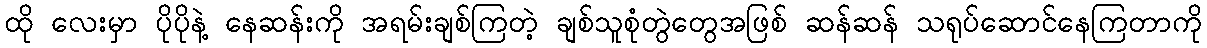
ထို လေးမှာ ပိုပိုနဲ့ နေဆန်းကို အရမ်းချစ်ကြတဲ့ ချစ်သူစုံတွဲတွေအဖြစ် ဆန်ဆန် သရုပ်ဆောင်နေကြတာကို